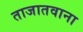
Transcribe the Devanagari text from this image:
ताजातवाना